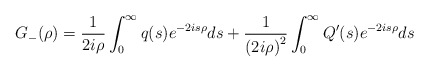
\begin{align*}G_{-}(\rho)=\frac{1}{2i\rho}\int_{0}^{\infty}q(s)e^{-2is\rho}ds+\frac{1}{\left( 2i\rho\right) ^{2}}\int_{0}^{\infty}Q^{\prime}(s)e^{-2is\rho}ds\end{align*}